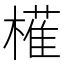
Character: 𭬈